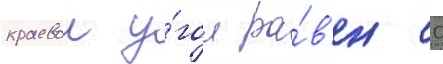
краевои у́гол ра́в'ен 0